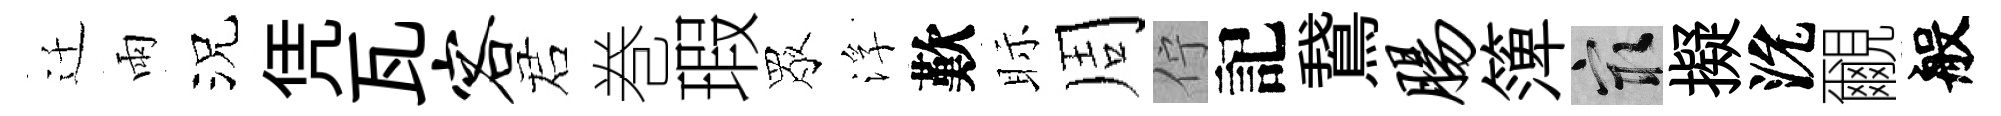
迁雨況凭瓦客诺巻瑕眾浮歎眎周佇記鵞肠𥱼冣擬沇覼般